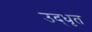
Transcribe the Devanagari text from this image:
उद्‍धृत